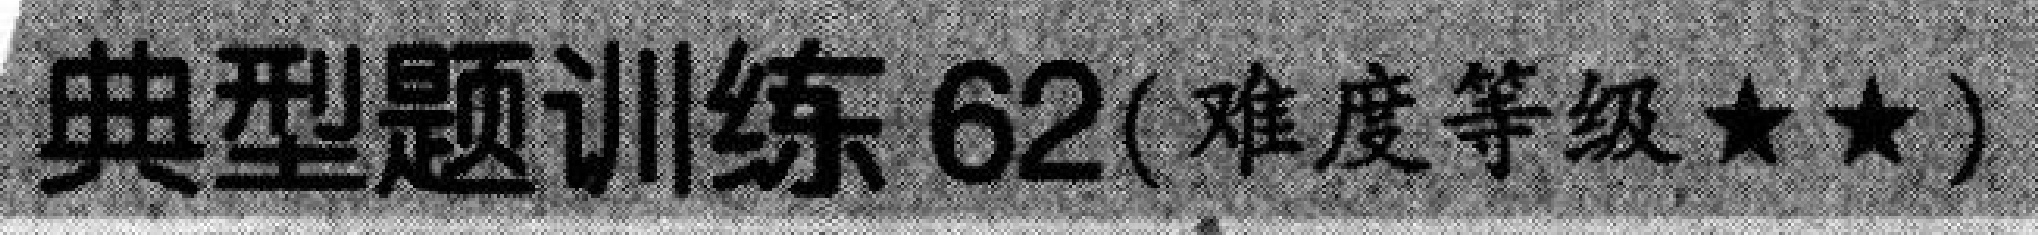
典型题训练62(难度等级★★)